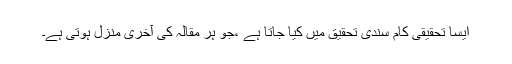
ایسا تحقیقی کام سندی تحقیق میں کیا جاتا ہے ،جو ہر مقالہ کی آخری منزل ہوتی ہے۔